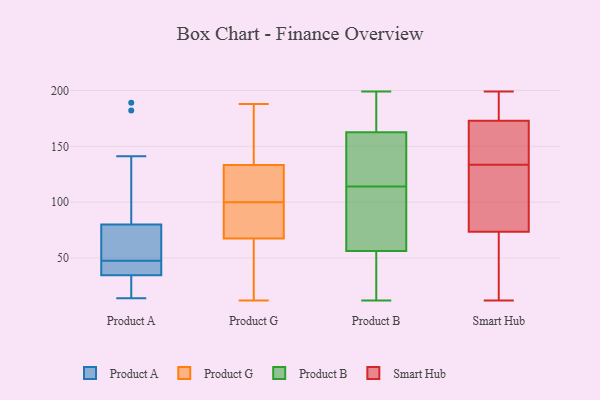
{"axis": {"x": "Operating Costs (USD K)", "y": "Value"}, "legend": ["Product A", "Product B", "Product G", "Smart Hub"], "data": [{"x": "", "y": 38, "type": "Product A"}, {"x": "", "y": 189, "type": "Product A"}, {"x": "", "y": 42, "type": "Product A"}, {"x": "", "y": 58, "type": "Product A"}, {"x": "", "y": 77, "type": "Product A"}, {"x": "", "y": 53, "type": "Product A"}, {"x": "", "y": 31, "type": "Product A"}, {"x": "", "y": 39, "type": "Product A"}, {"x": "", "y": 14, "type": "Product A"}, {"x": "", "y": 39, "type": "Product A"}, {"x": "", "y": 24, "type": "Product A"}, {"x": "", "y": 31, "type": "Product A"}, {"x": "", "y": 141, "type": "Product A"}, {"x": "", "y": 99, "type": "Product A"}, {"x": "", "y": 38, "type": "Product A"}, {"x": "", "y": 76, "type": "Product A"}, {"x": "", "y": 83, "type": "Product A"}, {"x": "", "y": 182, "type": "Product A"}, {"x": "", "y": 61, "type": "Product A"}, {"x": "", "y": 17, "type": "Product A"}, {"x": "", "y": 137, "type": "Product G"}, {"x": "", "y": 118, "type": "Product G"}, {"x": "", "y": 140, "type": "Product G"}, {"x": "", "y": 67, "type": "Product G"}, {"x": "", "y": 40, "type": "Product G"}, {"x": "", "y": 60, "type": "Product G"}, {"x": "", "y": 95, "type": "Product G"}, {"x": "", "y": 100, "type": "Product G"}, {"x": "", "y": 109, "type": "Product G"}, {"x": "", "y": 122, "type": "Product G"}, {"x": "", "y": 188, "type": "Product G"}, {"x": "", "y": 69, "type": "Product G"}, {"x": "", "y": 12, "type": "Product G"}, {"x": "", "y": 88, "type": "Product G"}, {"x": "", "y": 152, "type": "Product G"}, {"x": "", "y": 87, "type": "Product B"}, {"x": "", "y": 188, "type": "Product B"}, {"x": "", "y": 51, "type": "Product B"}, {"x": "", "y": 199, "type": "Product B"}, {"x": "", "y": 163, "type": "Product B"}, {"x": "", "y": 136, "type": "Product B"}, {"x": "", "y": 146, "type": "Product B"}, {"x": "", "y": 42, "type": "Product B"}, {"x": "", "y": 130, "type": "Product B"}, {"x": "", "y": 12, "type": "Product B"}, {"x": "", "y": 91, "type": "Product B"}, {"x": "", "y": 114, "type": "Product B"}, {"x": "", "y": 49, "type": "Product B"}, {"x": "", "y": 170, "type": "Product B"}, {"x": "", "y": 102, "type": "Product B"}, {"x": "", "y": 161, "type": "Product B"}, {"x": "", "y": 72, "type": "Product B"}, {"x": "", "y": 182, "type": "Product B"}, {"x": "", "y": 13, "type": "Product B"}, {"x": "", "y": 175, "type": "Smart Hub"}, {"x": "", "y": 74, "type": "Smart Hub"}, {"x": "", "y": 79, "type": "Smart Hub"}, {"x": "", "y": 12, "type": "Smart Hub"}, {"x": "", "y": 27, "type": "Smart Hub"}, {"x": "", "y": 144, "type": "Smart Hub"}, {"x": "", "y": 56, "type": "Smart Hub"}, {"x": "", "y": 165, "type": "Smart Hub"}, {"x": "", "y": 73, "type": "Smart Hub"}, {"x": "", "y": 56, "type": "Smart Hub"}, {"x": "", "y": 171, "type": "Smart Hub"}, {"x": "", "y": 102, "type": "Smart Hub"}, {"x": "", "y": 119, "type": "Smart Hub"}, {"x": "", "y": 178, "type": "Smart Hub"}, {"x": "", "y": 152, "type": "Smart Hub"}, {"x": "", "y": 139, "type": "Smart Hub"}, {"x": "", "y": 182, "type": "Smart Hub"}, {"x": "", "y": 198, "type": "Smart Hub"}, {"x": "", "y": 128, "type": "Smart Hub"}, {"x": "", "y": 199, "type": "Smart Hub"}]}